Punjab Mental Hospital Lahore 1922-31 - 1922-1931
Year: 1922
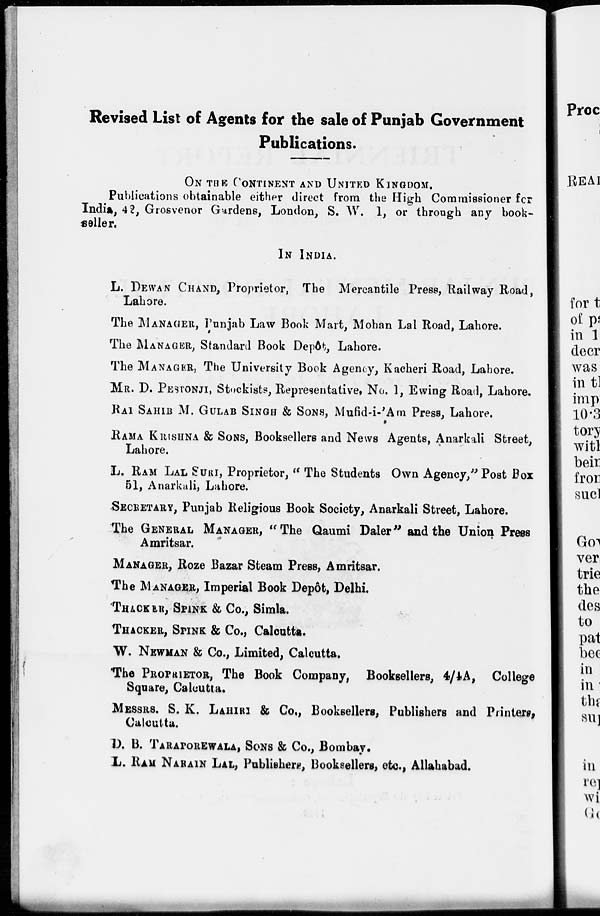
Revised List of Agents for the sale of Punjab Government
Publications.
ON THE CONTINENT AND UNITED KINGDOM.
Publications obtainable either direct from the High Commissioner for
India, 42, Grosvenor Gardens, London, S. W. 1, or through any book-
seller.
IN INDIA.
L. DEWAN CHAND, Proprietor, The Mercantile Press, Railway Road,
Lahore.
The MANAGER, Punjab Law Book Mart, Mohan Lal Road, Lahore.
The MANAGER, Standard Book Depôt, Lahore.
The MANAGER, The University Book Agency, Kacheri Road, Lahore.
MR. D. PESTONJI, Stockists, Representative, No. 1, Ewing Road, Lahore.
RAI SAHIB M. GULAB SINGH & SONS, Mufid-i-'Am Press, Lahore.
RAMA KRISHNA & SONS, Booksellers and News Agents, Anarkali Street,
Lahore.
L. RAM LAL SURI, Proprietor, " The Students Own Agency," Post Box
51, Anarkali, Lahore.
SECRETARY, Punjab Religious Book Society, Anarkali Street, Lahore.
The GENERAL MANAGER, "The Qaumi Daler" and the Union Press
Amritsar.
MANAGER, Roze Bazar Steam Press, Amritsar.
The MANAGER, Imperial Book Depôt, Delhi.
THACKER, SPINK & Co., Simla.
THACKER, SPINK & Co., Calcutta.
W. NEWMAN & Co., Limited, Calcutta.
The PROPRIETOR, The Book Company, Booksellers, 4/4A, College
Square, Calcutta.
MESSRS. S. K. LAHIRI & Co., Booksellers, Publishers and Printers,
Calcutta.
D. B. TARAPOREWALA, SONS & Co., Bombay.
L. RAM NARAIN LAL, Publishers, Booksellers, etc., Allahabad.